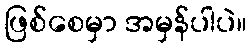
ဖြစ်စေမှာ အမှန်ပါပဲ။